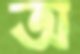
অ